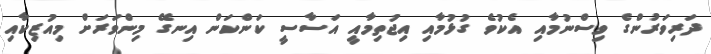
ދަރިވަރުންގެ ވިސްނުމާއި އެކުވެ ގުޅުމާއި އިޖުތިމާއީ އަސާސީ ކަންކަން އިނގޭ މިންވަރަށް މިއުޒިކާއި